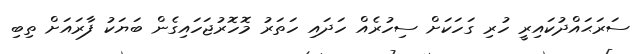
ސަރަޙައްދުކައިރީ ހުރި ގަހަކަށް ސިހުރެއް ހަދައި ހަތަރު މޮހޮރުޖަހައިގެން ބަޔަކު ފާރައަށް ތިބި